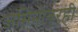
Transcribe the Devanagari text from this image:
जमिनींवरही